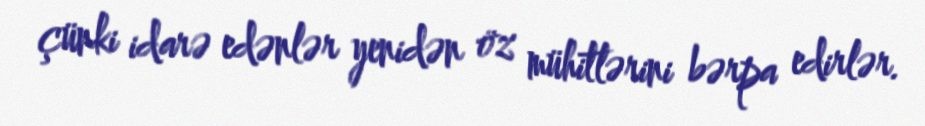
çünki idarə edənlər yenidən öz mühitlərini bərpa edirlər.